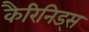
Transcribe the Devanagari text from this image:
कैरिनिड्स